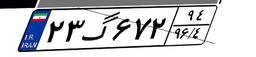
۲۳گ۶۷۲۹۴